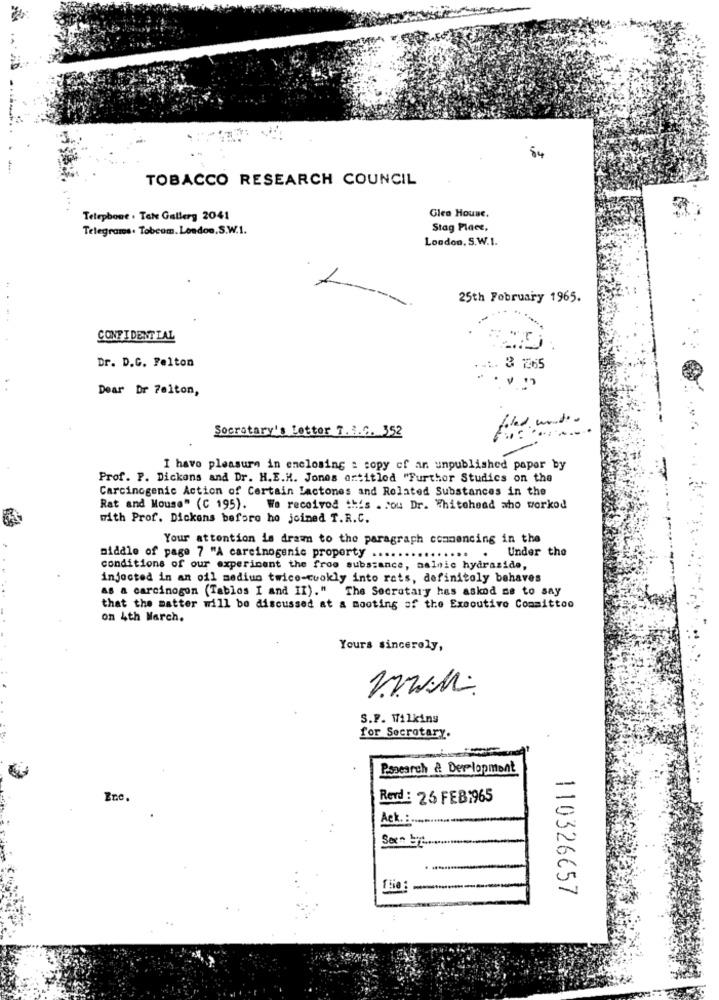
54
TOBACCO RESEARCH COUNCIL
Telephone . Tate Gallery 2041
Glea House.
Telegrams. Tobeom. London, S.W.1.
Stag Place,
London. S.W.I.
25th February 1965.
...
CONFIDENTIAL
Dr. D.C. Felton
3 265
Dear Dr 7elton,
filed under
Socrotary's Letter T. R.C. 352
I have pleasure in enclosing : copy of an unpublished paper by
Prof. P. Dickons and Dr. H.E.H. Jones artitled "Further Studies on the
Carcinogenic Action of Certain Lactones and Related Substances in the
Rat and Mouse" (C 195). We received this . rou Dr. Whitehead who worked
with Prof. Dickens before he joined T.R.C.
Your attention is dram to the paragraph commencing in the
...
. Under the
middle of page 7 "A carcinogenic property .... .
conditions of our experiment the froo substance, malnie hydrazide,
injected in an oil mediun twice-cookly into rats, definitoly behaves
AS & carcinogon (Tablos I and II)." The Secretary has askod se to say
that the matter will be discussed at a mooting of the Executive Committoo
on 4th March.
Yours sincerely,
S.F. Wilkins
for Secrotary.
Pssearch & Der lopment
Rerd : 25 FEB:965
Ack. :
110326657